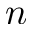
n